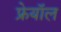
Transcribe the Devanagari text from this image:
फ्रेयॉल